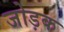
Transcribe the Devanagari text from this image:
जोड़क